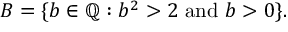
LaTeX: B = \{ b \in \mathbb { Q } : b ^ { 2 } > 2 { \mathrm { ~ a n d ~ } } b > 0 \} .